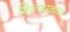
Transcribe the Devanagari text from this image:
शिल्पप्रकार